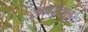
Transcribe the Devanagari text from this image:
खलाशाची